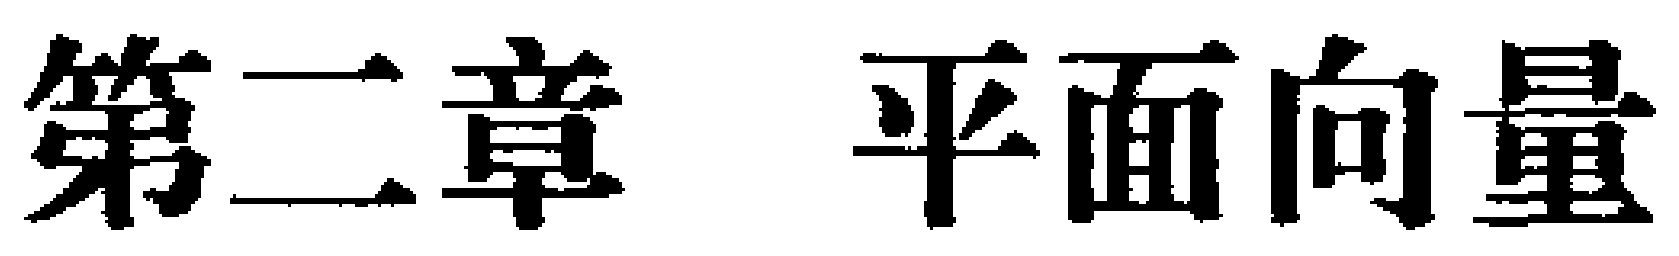
第二章 平面向量